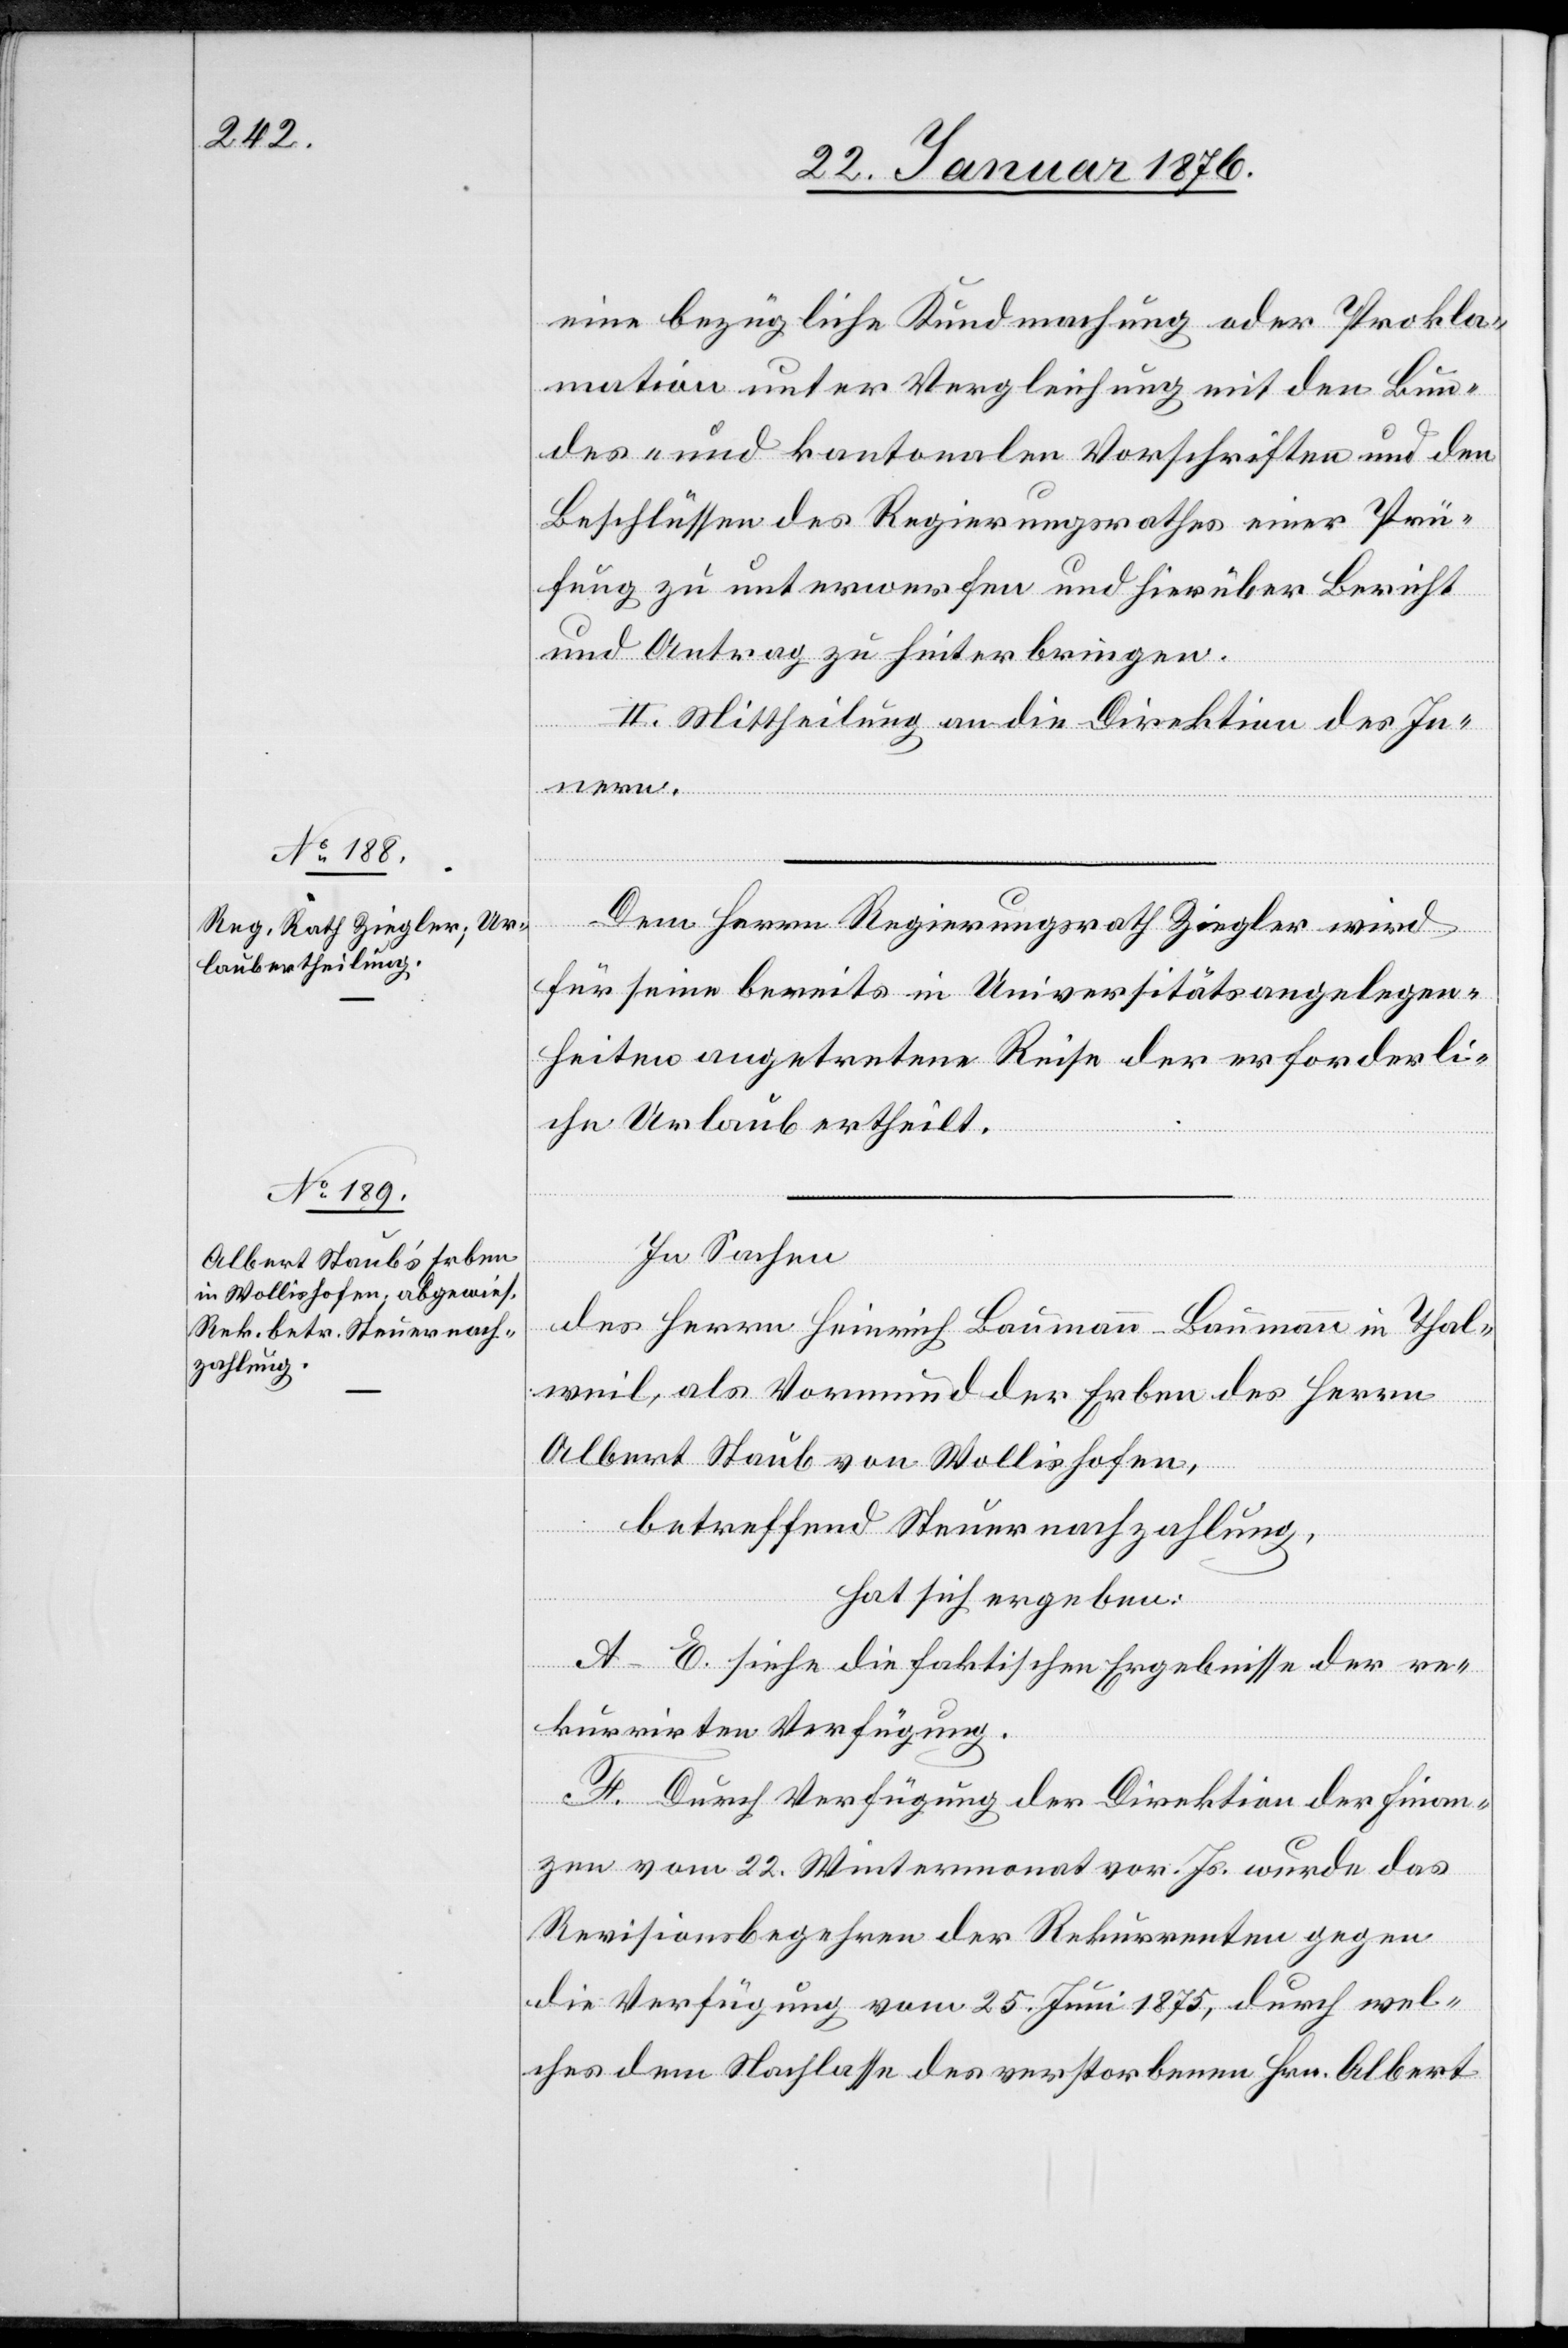
eine bezügliche Kundmachung oder Prokla¬
mation unter Vergleich mit den Bun¬
des- und kantonalen Vorschriften und den
Beschlüssen des Regierungsrathes einer Prü¬
fung zu unterwerfen und hierüber Bericht
und Antrag zu hinterbringen.
II. Mittheilung an die Direktion des In¬
nern.
Dem Herrn Regierungsrath Ziegler wird
für seine bereits in Universitätsangelegen¬
heiten angetretene Reise der erforderli¬
che Urlaub ertheilt.
In Sachen
des Herrn Heinrich Baumann-Baumann in Thal¬
weil, als Vormund der Erben des Herrn
Albert Staub von Wollishofen,
betreffend Steuernachzahlung,
hat sich ergeben:
A–E. Siehe die faktischen Ergebnisse der re¬
kurrirten Verfügung.
F. Durch Verfügung der Direktion der Finan¬
zen vom 22. Wintermonat vor. Js. wurde das
Revisionsbegehren der Rekurrenten gegen
die Verfügung vom 25. Juni 1875, durch wel¬
ches dem Nachlasse des verstorbenen Hrn. Albert